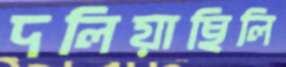
দলিয়াছিলি